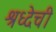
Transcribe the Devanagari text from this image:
श्रध्देची